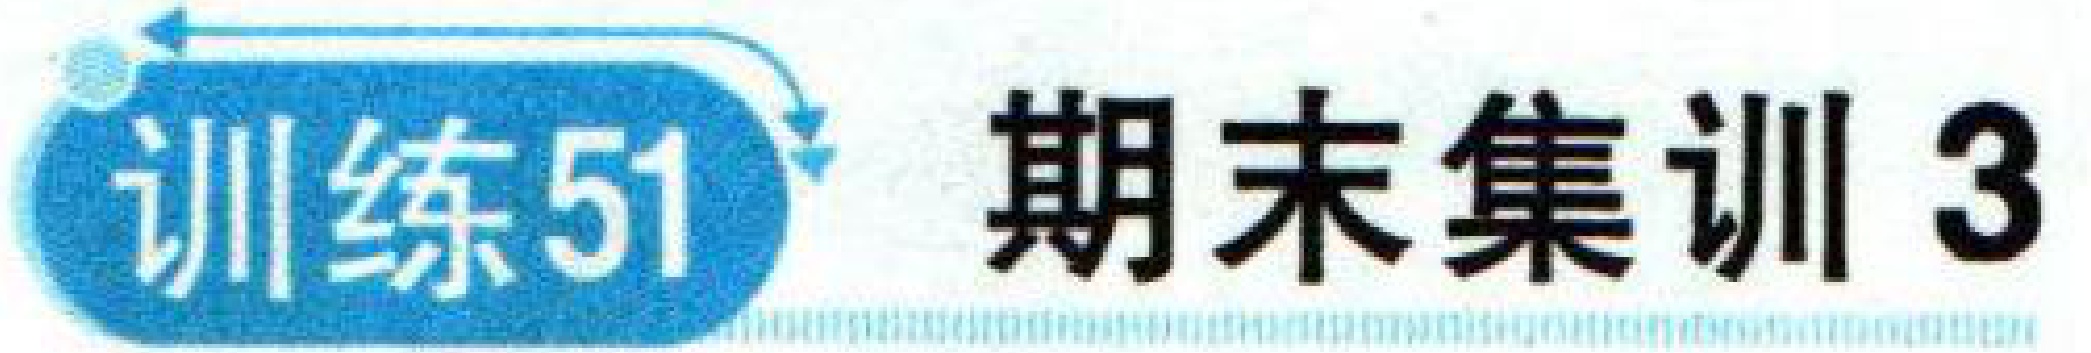
训练51 期末集训3